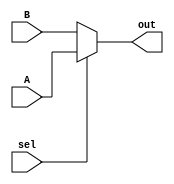
`timescale 1ns / 1ps
//////////////////////////////////////////////////////////////////////////////////
// Company: 
// Engineer: 
// 
// Design Name: 
// Module Name:    mux2to1 
// Project Name: 
// Target Devices: 
// Tool versions: 
// Description: 
//
// Dependencies: 
//
// Revision: 
// Revision 0.01 - File Created
// Additional Comments: 
//
//////////////////////////////////////////////////////////////////////////////////
module MUX2to1(sel, A, B, out);
	input sel, A, B;
	output reg out;
	
	always @ (*) begin
	if(sel)
		out = A;
	else 
		out = B;
	end
endmodule